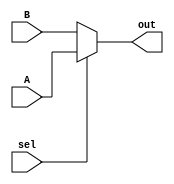
`timescale 1ns / 1ps
//////////////////////////////////////////////////////////////////////////////////
// Company: 
// Engineer: 
// 
// Design Name: 
// Module Name:    mux2to1 
// Project Name: 
// Target Devices: 
// Tool versions: 
// Description: 
//
// Dependencies: 
//
// Revision: 
// Revision 0.01 - File Created
// Additional Comments: 
//
//////////////////////////////////////////////////////////////////////////////////
module MUX2to1(sel, A, B, out);
	input sel, A, B;
	output reg out;
	
	always @ (*) begin
	if(sel)
		out = A;
	else 
		out = B;
	end
endmodule